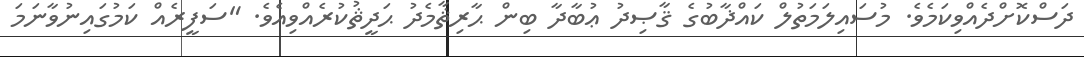
ދަސްކޮށްދެއްވިކަމެވެ. މުސައިލަމަތުލް ކައްޛާބުގެ ޤާޞިދު ޢުބާދާ ބިން ޙާރިޘާމެދު ޙަދީޘުކުރެއްވިއެވެ. "ސަފީރެއް ކަމުގައިނުވާނަމަ